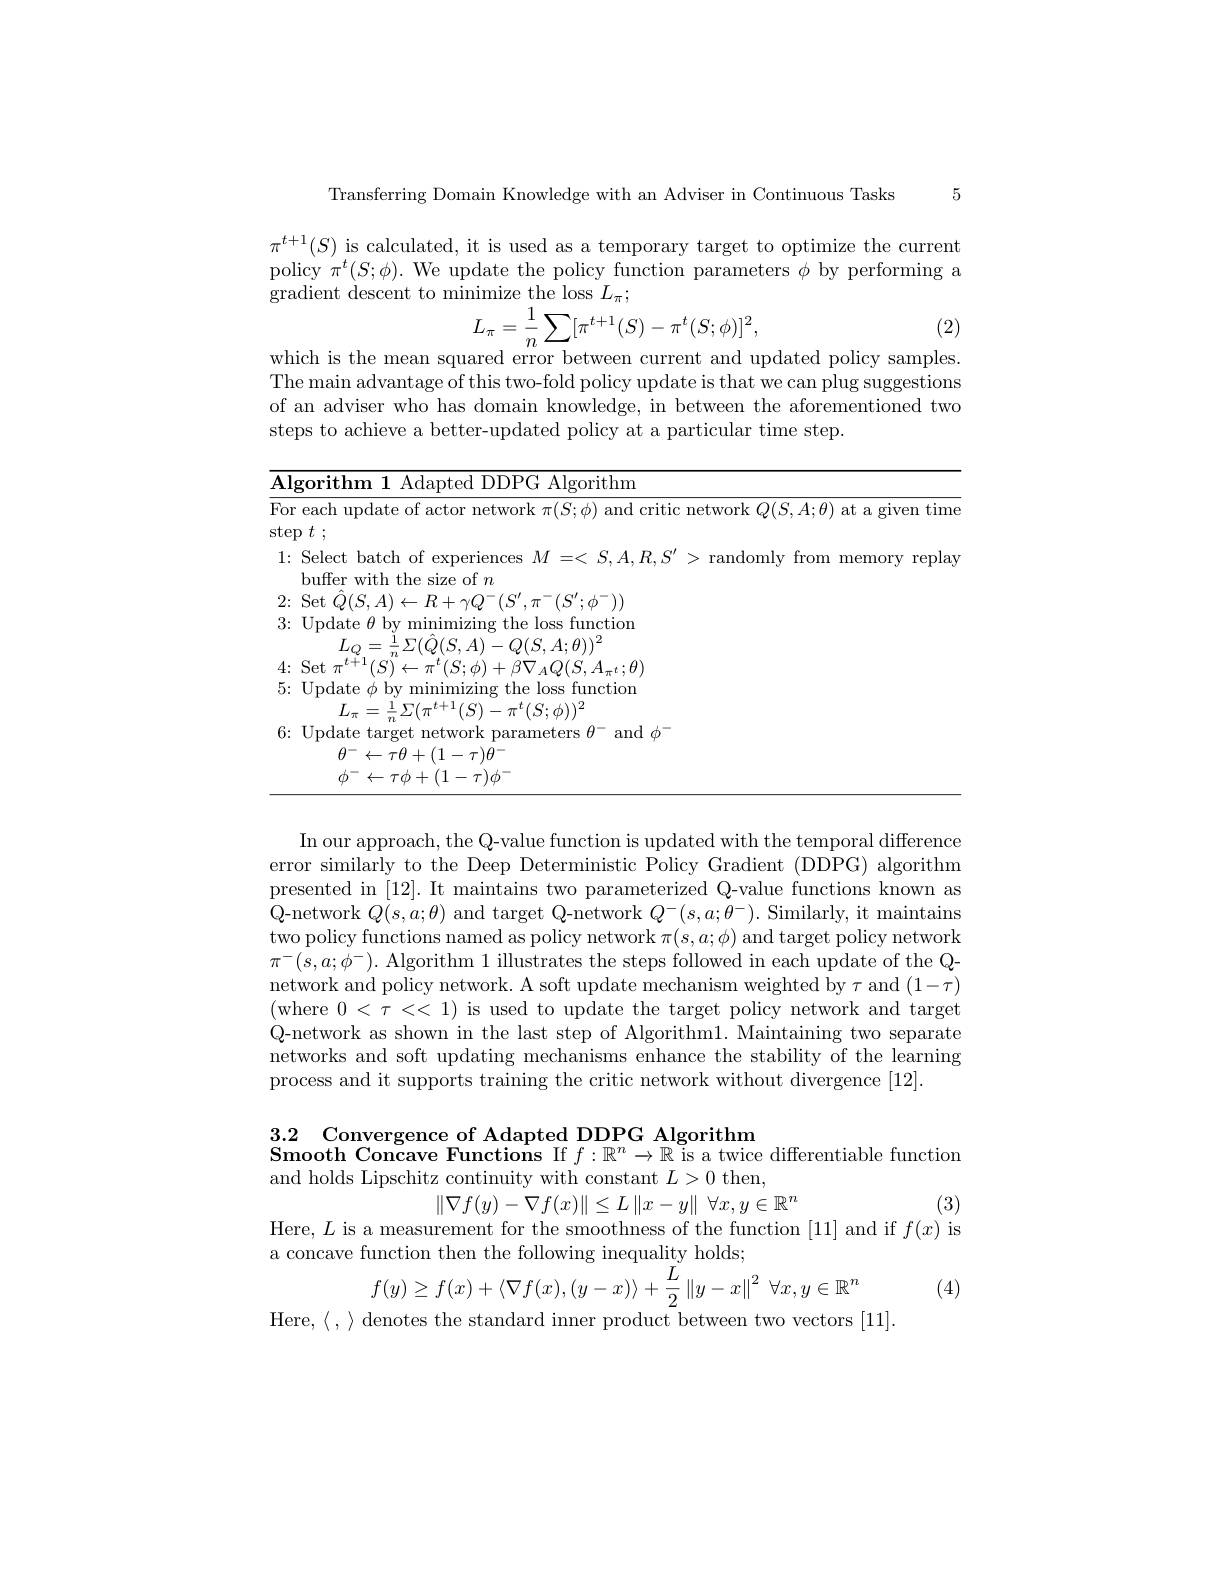
5

Transferring Domain Knowledge with an Adviser in Continuous Tasks

$\begin{array}{l}{\pi^{t+1}(S)\text{ is calculated, it is used as a temporary target to optimize the current}}\\{\mathrm{policy~}\pi^{t}(S;\phi).\text{ We update the policy function parameters }\phi\text{by performing a}}\end{array}$
gradient descent to minimize the loss $L_\pi;$
$$L_{\pi}=\frac1n\sum[\pi^{t+1}(S)-\pi^t(S;\phi)]^2,$$
(2)

which is the mean squared error between current and updated policy samples. The main advantage of this two-fold policy update is that we can plug suggestions of an adviser who has domain knowledge, in between the aforementioned two steps to achieve a better-updated policy at a particular time step.

<table>
	<tbody>
		<tr>
			<td>$\overline{\mathbf{A}}$ 1</td>
			<td>$\overline{\mathbf{A}}$</td>
			<td>rorith DDPG Algorithm</td>
		</tr>
		<tr>
			<td>Fol ste</td>
			<td>$Fo$ st$\epsilon$</td>
			<td>r each update of actor network $\pi(S;\phi)$ and critic network $Q(S,A;\theta)$ at a given time $\exp t:$</td>
		</tr>
		<tr>
			<td>1:</td>
			<td>1</td>
			<td>:Select batch of experiences $M=<S,A,R,S^{\prime}>$ randomly from memory repla buffer with the size of $n$</td>
		</tr>
		<tr>
			<td>2: 1</td>
			<td>2</td>
			<td>$\dot{\mathrm{vo}}$ $S^{\prime},\pi^{-}(S^{\prime};\phi^{-}))$</td>
		</tr>
		<tr>
			<td>$\angle L.$ 3:</td>
			<td>$L$ 3</td>
			<td>Update $\theta$ by minimizing the loss function $A\cdot\theta)^{2}$</td>
		</tr>
		<tr>
			<td>3: - 1 · 1 1 1 1 1 T</td>
			<td>3: e</td>
			<td>11 e loss function</td>
		</tr>
		<tr>
			<td>$4\cdot$ $w$</td>
			<td>4:</td>
			<td>$\nabla_{A}O(S,A_{\pi^{t}};\theta)$</td>
		</tr>
		<tr>
			<td>$\mathbf{I}_{-1}$ 5:</td>
			<td>2 5</td>
			<td>Update $\phi$ by minimizing the loss function $r_{(-1)}=\frac{1}{2}$ ${\underline{{L}}}/{\Sigma}/{\pi}$ $(S)-\pi^{t}(S;\phi))^{2}$</td>
		</tr>
		<tr>
			<td>5: $w$ 1 1</td>
			<td>5</td>
			<td>functior</td>
		</tr>
		<tr>
			<td> </td>
			<td> </td>
			<td>$)-\pi^{t}(S;\phi))^{2}$</td>
		</tr>
		<tr>
			<td>6: $w$ 1 T</td>
			<td>6</td>
			<td>-aropt meters $f$ $\operatorname { \mathrm{and}}$ $\phi ^{- }$</td>
		</tr>
		<tr>
			<td> </td>
			<td> </td>
			<td>$\theta^{-}\leftarrow\tau\theta+(1-\tau)\theta^{-}$</td>
		</tr>
		<tr>
			<td> </td>
			<td> </td>
			<td>$\phi^{-}\leftarrow\tau\phi+(1-\tau)\phi^{-}$</td>
		</tr>
	</tbody>
</table>

In our approach, the Q-value function is updated with the temporal difference error similarly to the Deep Deterministic Policy Gradient (DDPG) algorithm presented in [12]. It maintains two parameterized Q-value functions known as Q-network $Q(s,a;\theta)$ and target Q-network $Q^{-}(s,a;\theta^{-}).$ Similarly, it maintains two policy functions named as policy network $\pi(s,a;\phi)$ and target policy network $\pi^{-}(s,a;\phi^{-}).$ Algorithm 1 illustrates the steps followed in each update of the Qnetwork and policy network. A soft update mechanism weighted by $\tau$ and $(1-\tau)$ (where $0<\tau<<1)$ is used to update the target policy network and target Q-network as shown in the last step of Algorithm1. Maintaining two separate networks and soft updating mechanisms enhance the stability of the learning process and it supports training the critic network without divergence [12].

3.2 Convergence of Adapted DDPG Algorithm
Smooth Concave Functions If $f:\mathbb{R}^n\to\mathbb{R}$ is a twice differentiable function
and holds Lipschitz continuity with constant $L>0$ then,
$$\|\nabla f(y)-\nabla f(x)\|\leq L\|x-y\|\:\forall x,y\in\mathbb{R}^n$$
(3)

Here, $L$ is a measurement for the smoothness of the function [11] and if $f(x)$ is

a concave function then the following inequality holds

(4)
$$f(y)\geq f(x)+\langle\nabla f(x),(y-x)\rangle+\frac{L}{2}\left\|y-x\right\|^2\:\forall x,y\in\mathbb{R}^n$$
Here, $\langle$ , $\rangle$ denotes the standard inner product between two vectors [11].